Medical and sanitary report of the native army of Madras for the year
Year: 1877
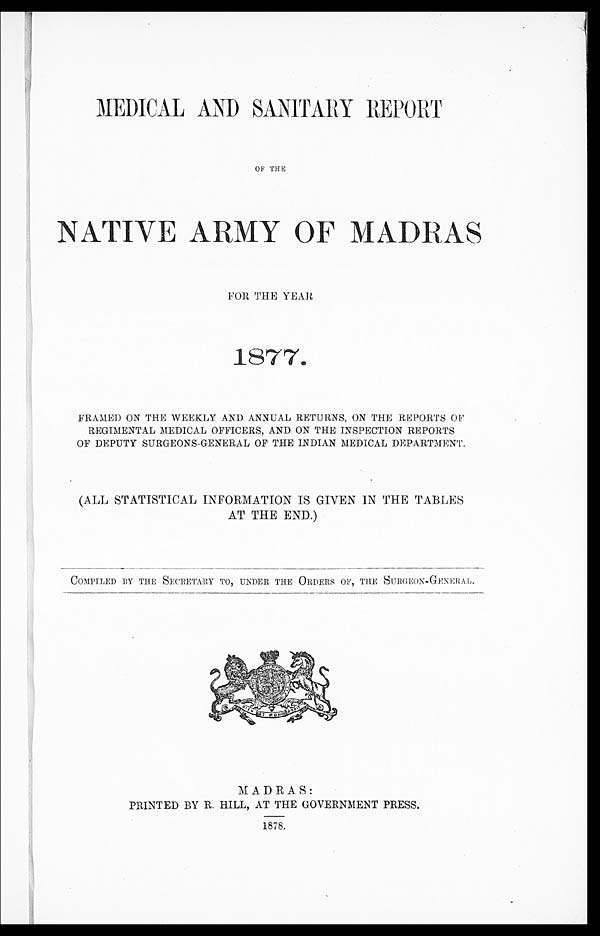
MEDICAL AND SANITARY REPORT
OF THE
NATIVE ARMY OF MADRAS
FOR THE YEAR
FRAMED ON THE WEEKLY AND ANNUAL RETURNS, ON THE REPORTS OF
REGIMENTAL MEDICAL OFFICERS, AND ON THE INSPECTION REPORTS
OF DEPUTY SURGEONS-GENERAL OF THE INDIAN MEDICAL DEPARTMENT.
(ALL STATISTICAL INFORMATION IS GIVEN IN THE TABLES
AT THE END.)
COMPILED BY THE SECRETARY TO, UNDER THE ORDERS OF, THE SURGEON-GENERAL.
MADRAS:
PRINTED BY R. HILL, AT THE GOVERNMENT PRESS.
1878.
1878.